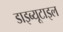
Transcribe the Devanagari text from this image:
डाइब्यूटाइल